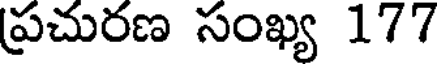
ప్రచురణ సంఖ్య 177